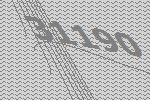
31190